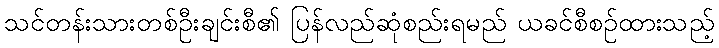
သင်တန်းသားတစ်ဦးချင်းစီ၏ ပြန်လည်ဆုံစည်းရမည် ယခင်စီစဉ်ထားသည့်